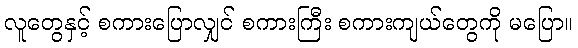
လူတွေနှင့် စကားပြောလျှင် စကားကြီး စကားကျယ်တွေကို မပြော။